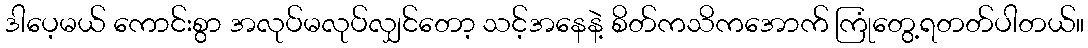
ဒါပေ့မယ် ကောင်းစွာ အလုပ်မလုပ်လျှင်တော့ သင့်အနေနဲ့ စိတ်ကသိကအောက် ကြုံတွေ့ရတတ်ပါတယ်။